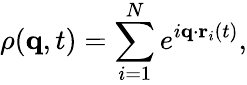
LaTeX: \rho(\mathbf{q},t)=\sum_{i=1}^{N}e^{i\mathbf{q}\cdot\mathbf{r}_{i}(t)},